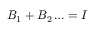
B _ { 1 } + B _ { 2 } \ldots = I